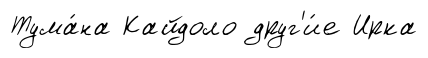
Тума́на Кайдоло друг'и́е Ирка